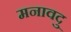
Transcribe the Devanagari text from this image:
मनावदु